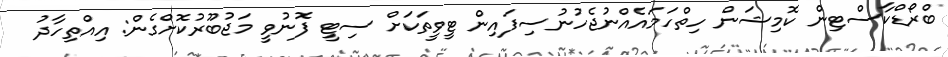
ބްރޯޑްކާސްޓިން ކޮމިޝަން ހިތްހަމައެއްނުޖެހުނުސިފައިން ޓީވީތަކަށް ސިޓީ ފޮނުވީ މަޖުބޫރުކޮށްގެން: އިއްތިހާދު